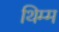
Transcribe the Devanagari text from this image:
थिम्म